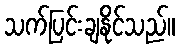
သက်ပြင်းချနိုင်သည်။